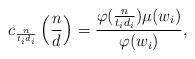
LaTeX: \begin{align*}c_{\frac{n}{t_id_i}} \left(\frac{n}{d}\right) = \frac{\varphi(\frac{n}{t_id_i})\mu(w_i)}{\varphi(w_i)},\end{align*}